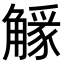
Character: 𧤷